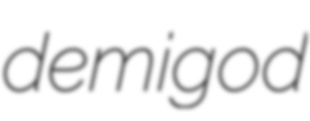
demigod